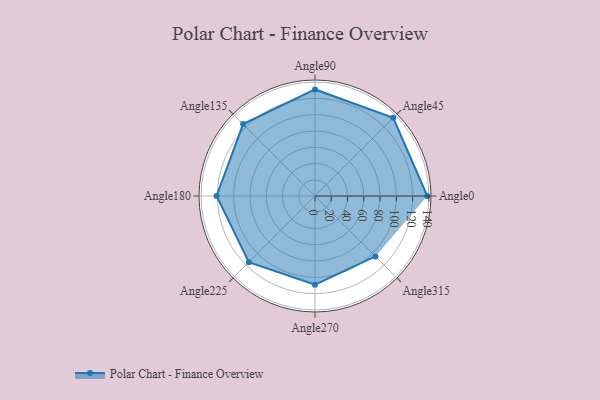
{"axis": {"x": "Angle", "y": "Radius"}, "legend": [""], "data": [{"x": "Angle0", "y": 138.0, "type": ""}, {"x": "Angle45", "y": 136.0, "type": ""}, {"x": "Angle90", "y": 131.0, "type": ""}, {"x": "Angle135", "y": 125.0, "type": ""}, {"x": "Angle180", "y": 121.0, "type": ""}, {"x": "Angle225", "y": 115.0, "type": ""}, {"x": "Angle270", "y": 109.0, "type": ""}, {"x": "Angle315", "y": 105.0, "type": ""}]}